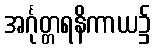
အင်္ဂုတ္တရနိကာယ၌